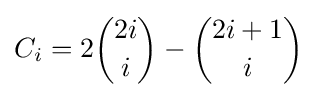
C_{i}=2{\binom {2i}{i}}-{\binom {2i+1}{i}}